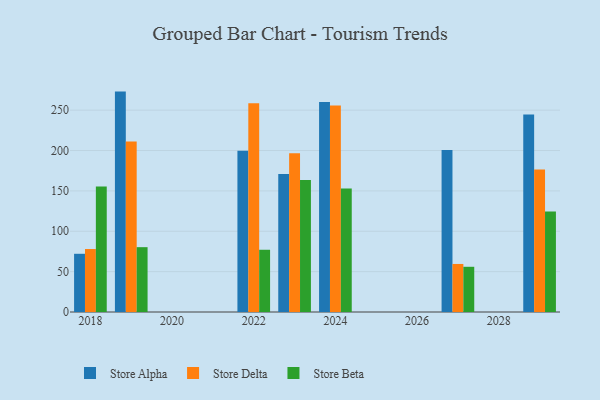
{"axis": {"x": "Year", "y": "Operating Costs (USD K)"}, "legend": ["Store Alpha", "Store Beta", "Store Delta"], "data": [{"x": "2022", "y": 199.8, "type": "Store Alpha"}, {"x": "2022", "y": 258.7, "type": "Store Delta"}, {"x": "2022", "y": 77.1, "type": "Store Beta"}, {"x": "2029", "y": 244.7, "type": "Store Alpha"}, {"x": "2029", "y": 176.6, "type": "Store Delta"}, {"x": "2029", "y": 124.5, "type": "Store Beta"}, {"x": "2024", "y": 260.1, "type": "Store Alpha"}, {"x": "2024", "y": 255.9, "type": "Store Delta"}, {"x": "2024", "y": 153.1, "type": "Store Beta"}, {"x": "2018", "y": 72.1, "type": "Store Alpha"}, {"x": "2018", "y": 78.0, "type": "Store Delta"}, {"x": "2018", "y": 155.6, "type": "Store Beta"}, {"x": "2027", "y": 200.6, "type": "Store Alpha"}, {"x": "2027", "y": 59.5, "type": "Store Delta"}, {"x": "2027", "y": 56.0, "type": "Store Beta"}, {"x": "2019", "y": 273.0, "type": "Store Alpha"}, {"x": "2019", "y": 211.1, "type": "Store Delta"}, {"x": "2019", "y": 80.3, "type": "Store Beta"}, {"x": "2023", "y": 170.9, "type": "Store Alpha"}, {"x": "2023", "y": 196.7, "type": "Store Delta"}, {"x": "2023", "y": 163.5, "type": "Store Beta"}]}